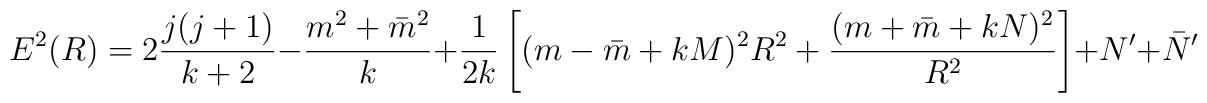
E^2(R)=2{j(j+1)\over k+2}-{m^2+\bar m^2\over k}+{1\over2k}\left[(m-\bar m+kM)^2R^2+{(m+\bar m+kN)^2\over R^2}\right]+N'+\bar N'